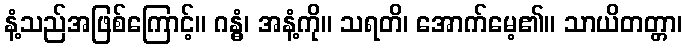
နံ့သည်အဖြစ်ကြောင့်။ ဂန္ဓံ၊ အနံ့ကို။ သရတိ၊ အောက်မေ့၏။ သာယိတတ္တာ၊